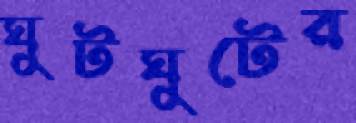
ঘুটঘুটের